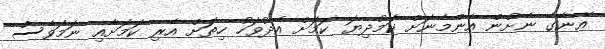
އޭނާގެ ނެށުން އެންމެނަށް ކަމުދިޔަ ކަމަށް އެދުވަހު ހިތަށް އެރި ކަމަށާއި ނަމަވެސް